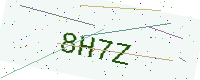
Text: 8H7Z